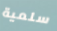
سلمية